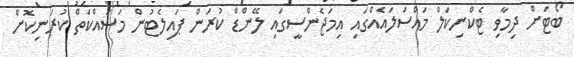
ބޯޓަށް ދިމާވި ޓެކްނިކަލް މައްސަލައެއްގައި އިމަޖެންސީގައި ލޭންޑް ކުރަން ޕައިލެޓުން މަސައްކަތް ކުރަނިކޮށް